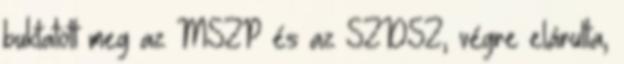
buktatott meg az MSZP és az SZDSZ, végre elárulta,